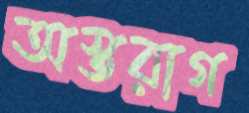
অস্তরাগ